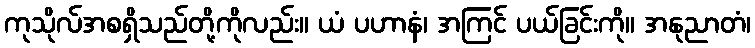
ကုသိုလ်အစရှိသည်တို့ကိုလည်း။ ယံ ပဟာနံ၊ အကြင် ပယ်ခြင်းကို။ အနုညာတံ၊